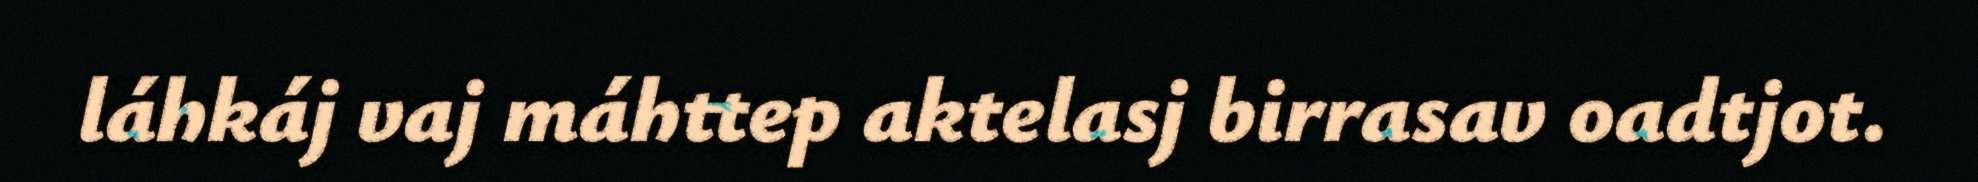
láhkáj vaj máhttep aktelasj birrasav oadtjot.